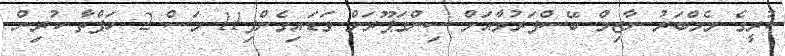
ކުރީގެ މެމްބަރު ނާޒިމް ބޭސްފަރުވާއަށް ސިންގަޕޫރަށް ވަޑައިގެންފި11 މަސް 2 ހަފްތާ ކުރިން.